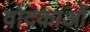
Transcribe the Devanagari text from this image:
वोदकाओं